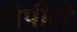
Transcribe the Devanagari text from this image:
शैपीरो